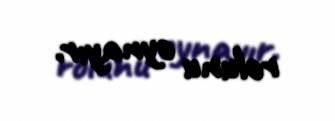
rolunu oynayır.